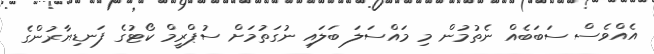
އެއްވެސް ސަބަބެއް ނެތުމުން މި މައްސަލަ ބަލައި ނުގަތުމަށް ސުޕްރީމް ކޯޓުގެ ފަނޑިޔާރުންގެ